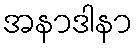
အနာဒါနာ